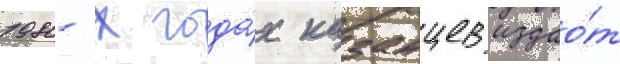
1980-х года́х казанцев издао́т